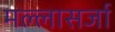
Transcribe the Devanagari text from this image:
मल्लासर्जा